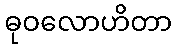
ဓုဝလောဟိတာ